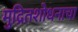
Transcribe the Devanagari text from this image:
मुद्रितशोधनाचा